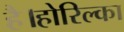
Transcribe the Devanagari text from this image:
है।होरिल्का